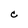
Character: C